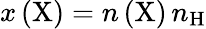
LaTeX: x\left(\mathrm{X}\right)=n\left(\mathrm{X}\right)\, n_{\mathrm{H}}